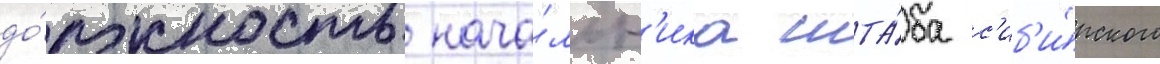
до́лжность нача́льн'ика шта́ба с'иб'и́рского